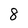
Character: 8